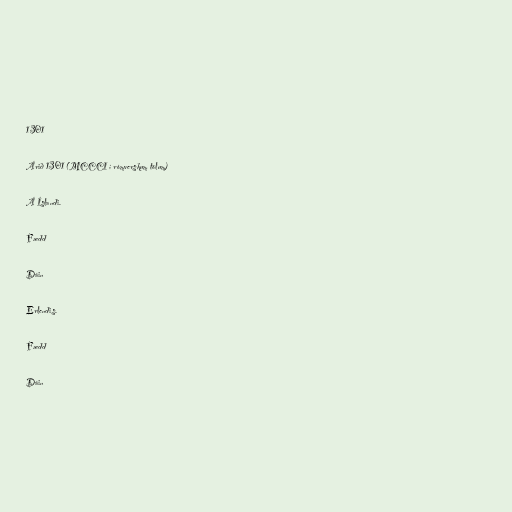
1301

Árið 1301 (MCCCI í rómverskum tölum)

Á Íslandi.

Fædd

Dáin

Erlendis.

Fædd

Dáin